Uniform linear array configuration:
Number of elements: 64
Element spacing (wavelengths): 0.75
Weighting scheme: cosine
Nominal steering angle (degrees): -15
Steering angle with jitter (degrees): -14.933
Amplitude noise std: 0.05
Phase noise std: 0.05

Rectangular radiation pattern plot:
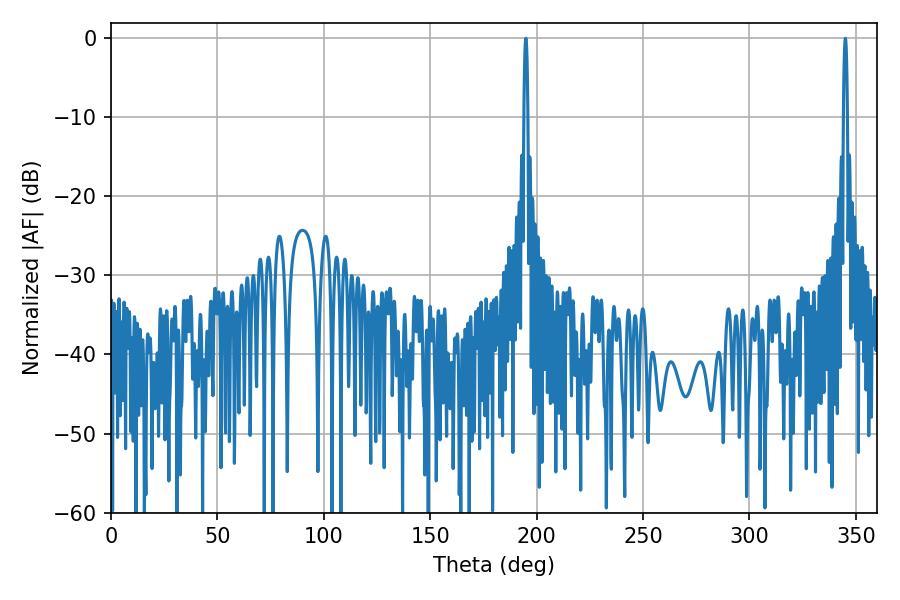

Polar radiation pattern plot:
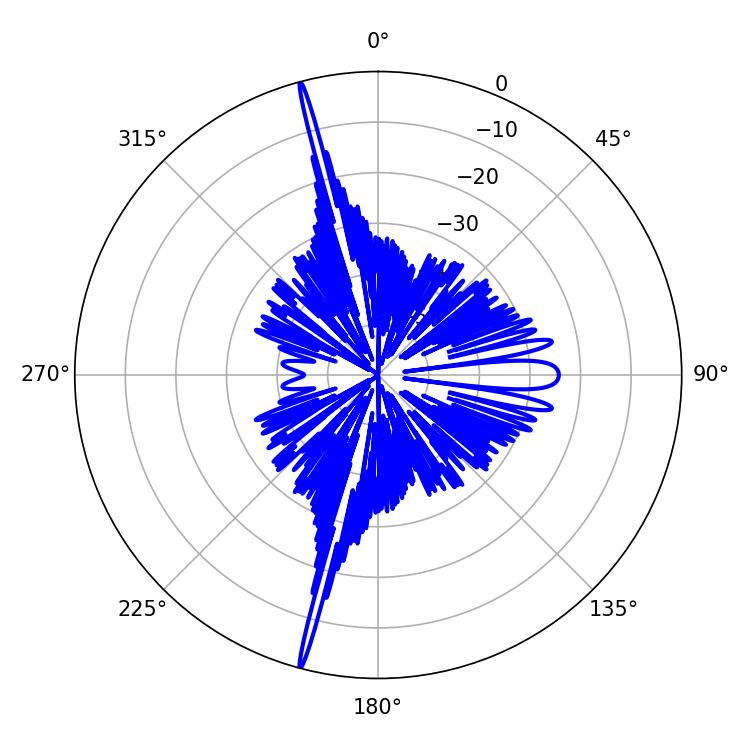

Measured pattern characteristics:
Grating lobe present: TRUE
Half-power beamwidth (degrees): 1.08
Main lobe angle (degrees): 345.06